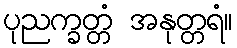
ပုညက္ခတ္တံ အနုတ္တရံ။